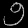
Digit: ၅